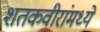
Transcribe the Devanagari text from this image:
शतकवीरांमध्ये